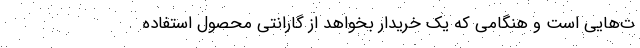
ت‌هایی است و هنگامی که یک خریدار بخواهد از گارانتی محصول استفاده